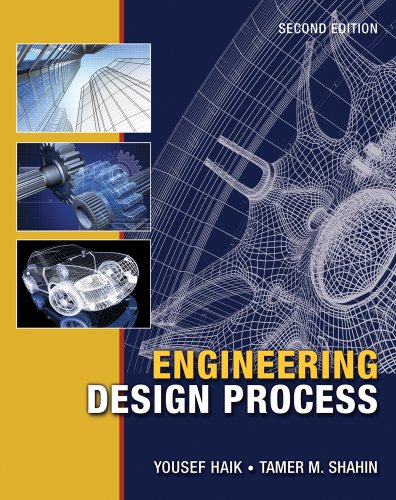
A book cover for Engineering Design Process; Yousef Haik; Engineering & Transportation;